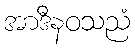
အာဒီနဝသညံ